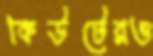
কিউটেরও